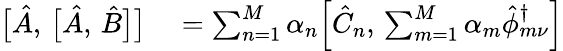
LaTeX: \begin{array}{rl}{\bigl[\hat{A},\, \bigl[\hat{A},\, \hat{B}\bigr]\bigr]}&{{}=\sum_{n=1}^{M}\alpha_{n}\Bigl[\hat{C}_{n},\, \sum_{m=1}^{M}\alpha_{m}\hat{\phi}_{m\nu}^{\dagger}\Bigr]}\end{array}